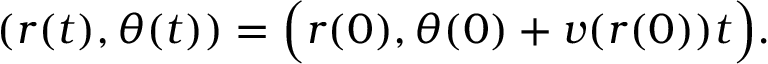
( r ( t ) , \theta ( t ) ) = \Big ( r ( 0 ) , \theta ( 0 ) + v ( r ( 0 ) ) t \Big ) .